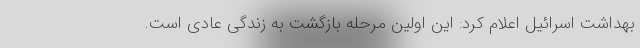
بهداشت اسرائیل اعلام کرد: این اولین مرحله بازگشت به زندگی عادی است.